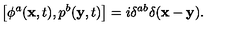
\left[ \phi ^ { a } ( { \bf x } , t ) , p ^ { b } ( { \bf y } , t ) \right] = i \delta ^ { a b } \delta ( { \bf x } - { \bf y } ) .